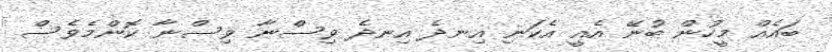
ބައެއް މީހުން ބުނޭ އެއީ އެކަނި އިނދެ އިނދެ ވިސްނާ ވިސްނާ ކޮންމެވެސް